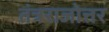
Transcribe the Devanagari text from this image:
तंत्रराजोत्तर